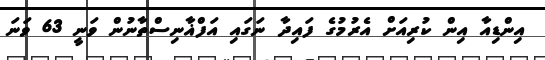
އިންޑިއާ އިން ކުރިއަށް އެރުމުގެ ފައިދާ ނަގައި އަފްޣާނިސްތާނުން ވަނީ 63 ވަނަ